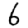
Digit: 6